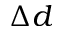
\Delta d